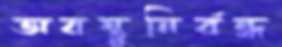
অবস্তুনির্বন্ধ